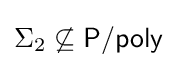
\Sigma _{2}\not \subseteq {\mathsf {P/poly}}